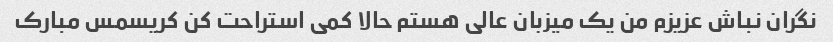
نگران نباش عزیزم من یک میزبان عالی هستم حالا کمی استراحت کن کریسمس مبارک